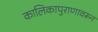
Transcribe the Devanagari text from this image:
कालिकापुराणावरून